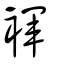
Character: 褌